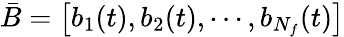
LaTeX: \bar{B}=\left[b_{1}(t),b_{2}(t),\cdots,b_{N_{f}}(t)\right]